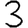
Digit: 3